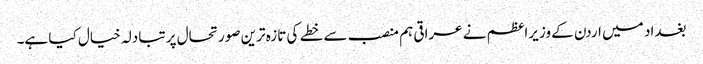
بغداد میں اردن کے وزیراعظم نے عراقی ہم منصب سے خطے کی تازہ ترین صورتحال پر تبادلہ خیال کیا ہے۔